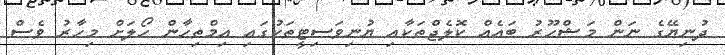
ދުނިޔޭގެ ނަން މަޝްހޫރު ބައެއް ކޮލެޖްތަކާއި ޔުނިވަސިޓީތަކުގައި އިމްތިހާން ހޯލަށް މިހާރު ވެސް